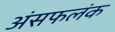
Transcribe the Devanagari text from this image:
अंसफलंक